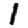
Digit: 1